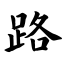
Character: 路